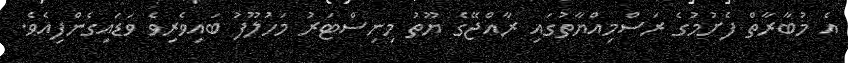
އެ މުބާރާތް ފެށުމުގެ ރަސްމިއްޔާތުގައި ރާއްޖޭގެ ޔޫތު މިނިސްޓަރު މަހުލޫފު ބައިވެރިވެ ވަޑައިގެންފިއެވެ.